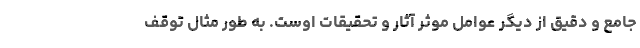
جامع و دقیق از دیگر عوامل موثر آثار و تحقیقات اوست. به طور مثال توقف